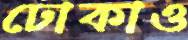
ঢোকাও